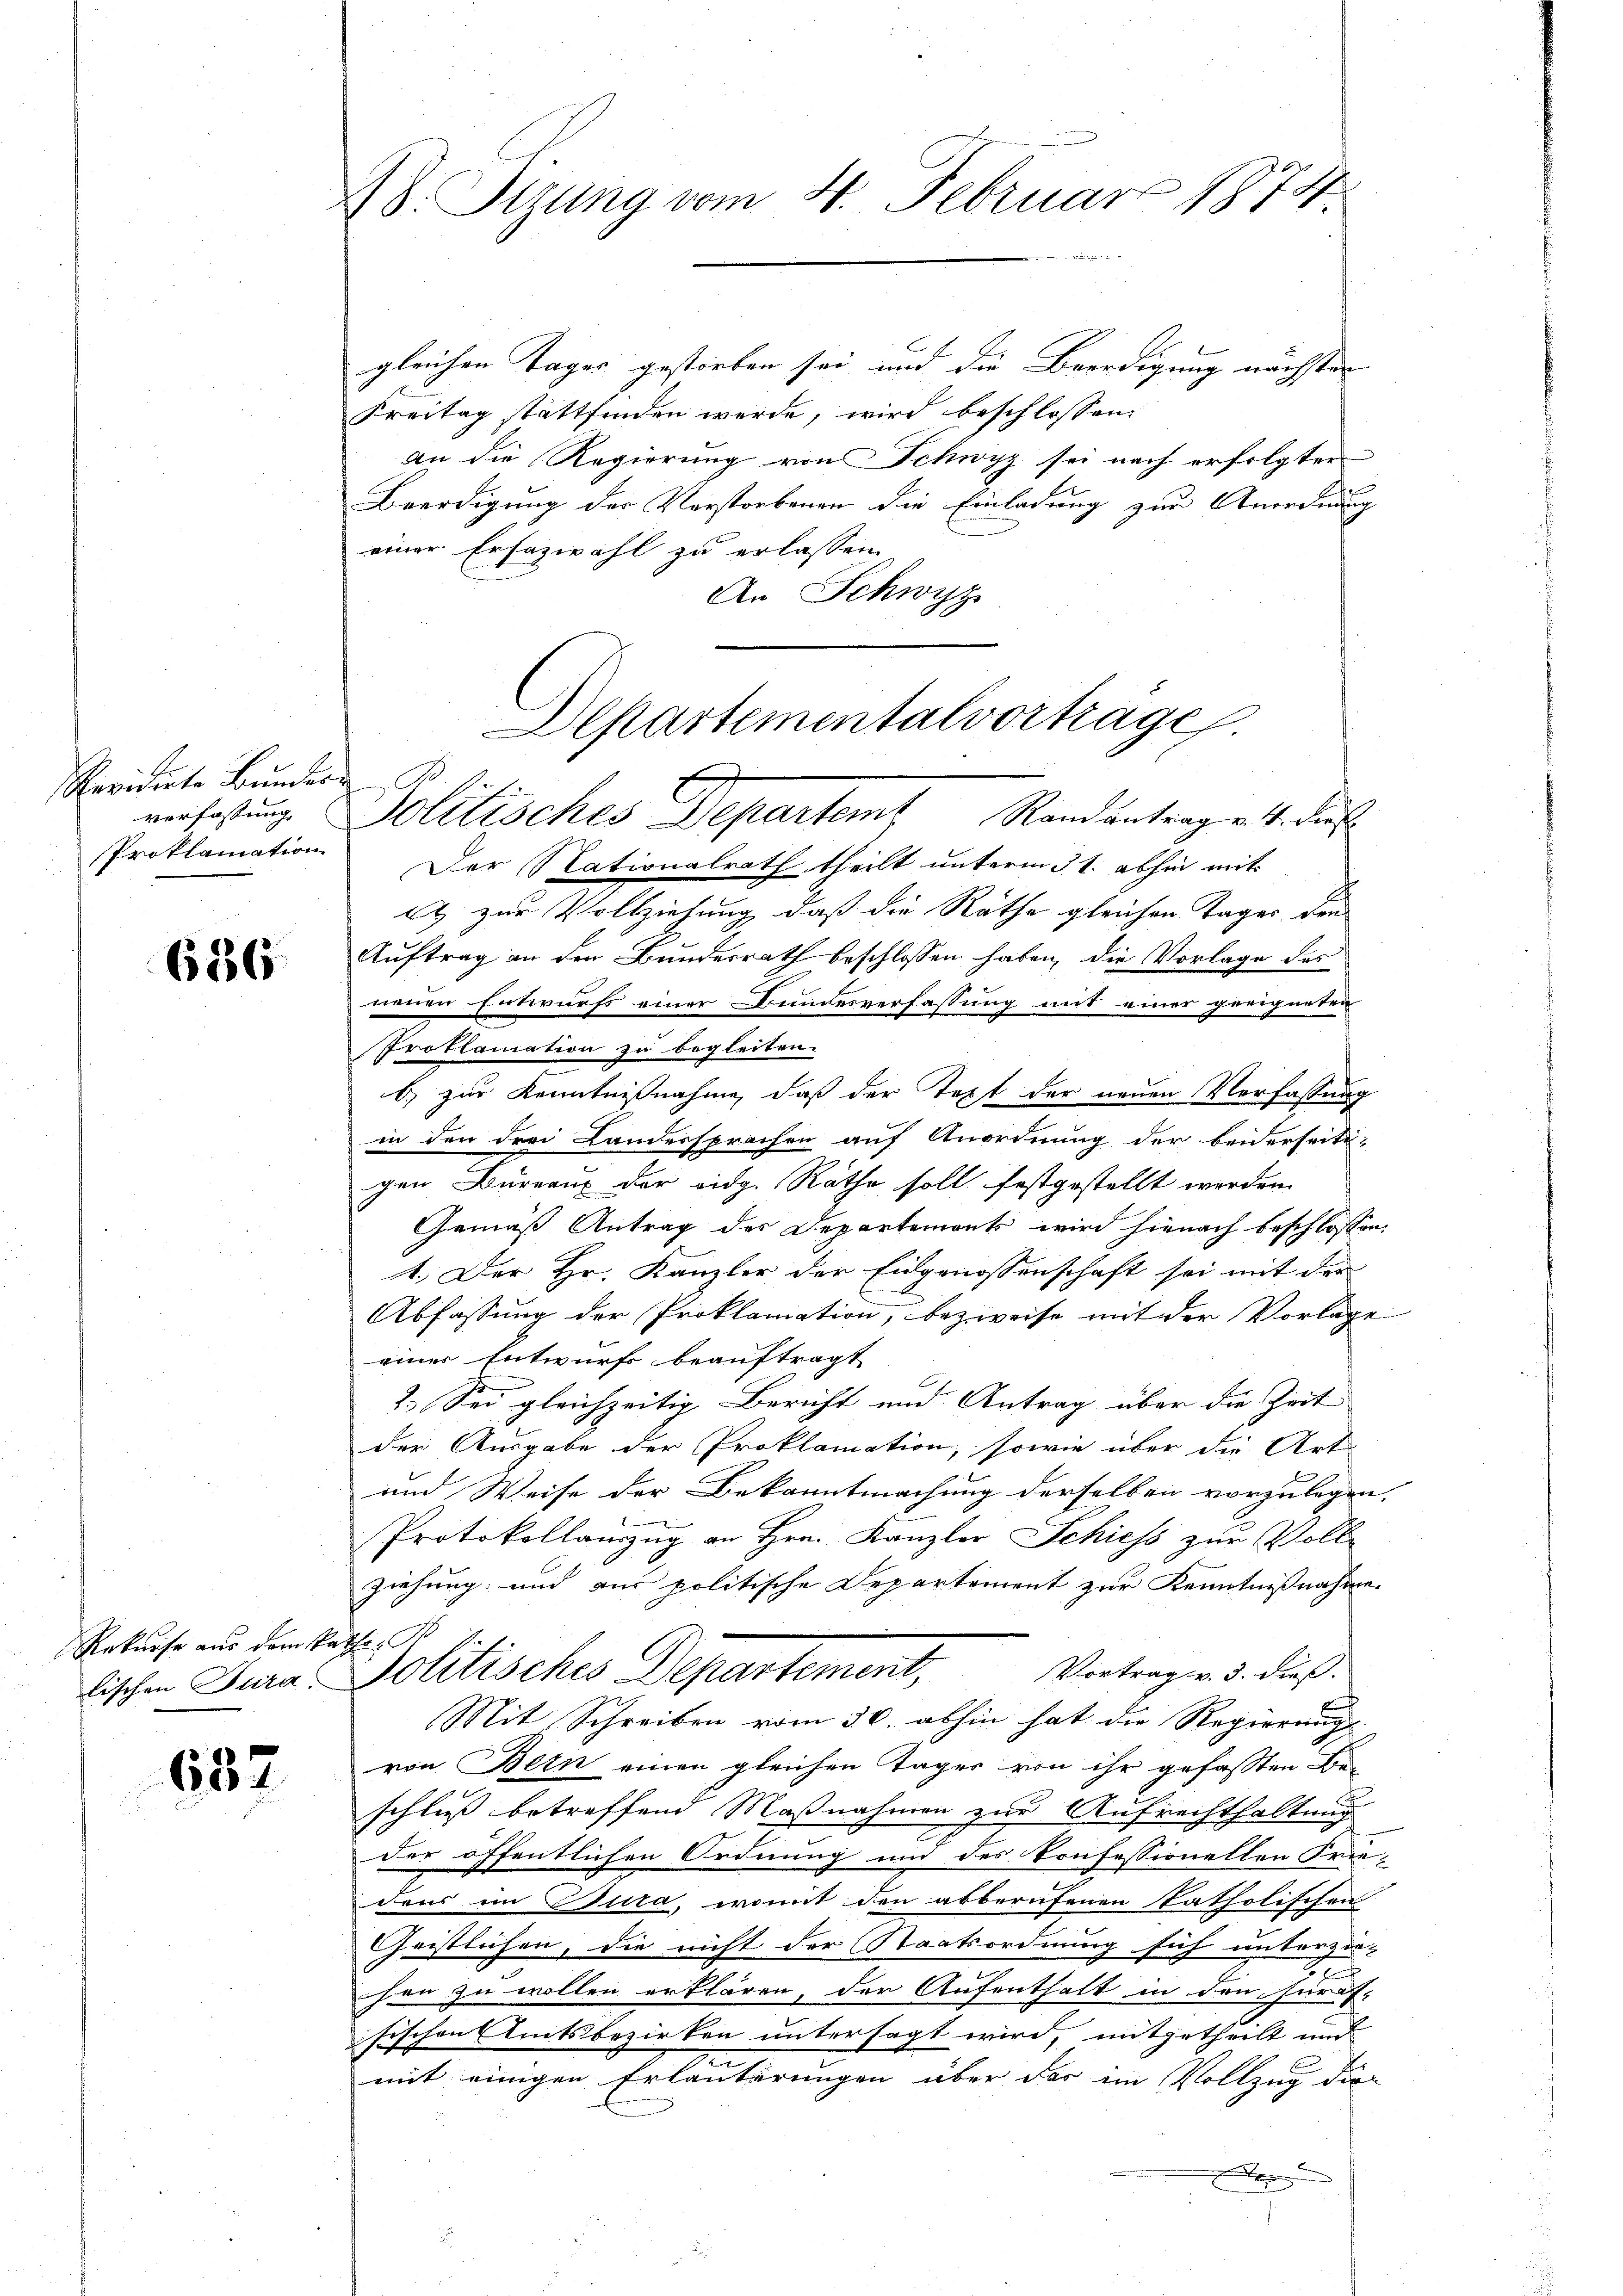
Revidirte Bundern B
verfassung
Proklamation

686

Rekurse aus dem Rathe B

637

48. Stung vom 4. Februar 1874

gleichen Tages gestorben sei und die Beerdigung nachsten
Freitag stattfinden werde, wird beschlossen:
an die Regierung von Schwyz sei nach erfolgten
Beerdigung der Verstorbenen die Einladung zur Anordnung
einer Ersazwahl zu erlassen.
An Schwyz
Der Nationalrath theilt unterm 31. abhin mit
bt zur Vollziehung, daß die Rathe gleichen Tages den
Auftrag an den Bundesrath beschlossen haben, die Vorlage des
neuen Entwurfs einer Bundesverfassung mit einer geeigneten
Proklamation zu begleiten.
b) zur Kenntnißnahme, daß der Text der neuen Verfassung
in den drei Landersprachen auf Anordnung der beiderseits-
gen Büreaus der vidg. Räthe soll festgestellt worden.
Gemäß Antrag des Departemonts wird hienach beschlossen:
1.) Der Hr. Kanzler der Eidgenossenschaft sei mit der
Abfassung der Proklamation, bezweife mit der Vorlage
einer Entwurfs beauftragt
2.) Sei gleichzeitig Bericht und Antrag über die Zeit- |
der Ausgabe der Proklamation, sowie über die Art
und Weise der Bekanntmachung derselben vorzulegen.
Protokollanzug an Hrn. Kanzler Schiess zur Volle
ziehung und aus politische Departement zur Kenntnißnahme.
lischen Jura. Politisches Departement, Vortragen 3. dieß.
Mit Schreiben vom 30. abhin hat die Regierungs-
von Bern einen gleichen Tages von ihr gefassten Be-
schluss betreffend Maßnahmen zur Aufrechthaltung
e
der öffentlichen Ordnung und des Konfessionellen Frie-
dens im Gura, womit den abberufenen katholischen
Geistlichen, die nicht der Staatsordnung sich unterzie-
e
hen zu wollen erklären, der Aufenthalt in den fürf-
sischen Amtsbezirken untersagt wird, mitgetheilt und
.
mit einigen Erläuterungen über das im Vollzug die
e

Departementalvorträge.
Politisches Departamt Randantrage 4. das